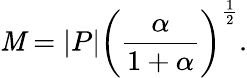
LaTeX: \mathit{M}=|P|\left({\frac{{\alpha}}{{1+\alpha}}}\right)^{\frac{{1}}{{2}}}.